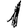
Digit: 1